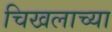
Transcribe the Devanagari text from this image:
चिखलाच्या